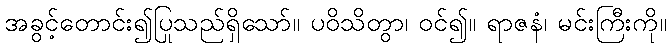
အခွင့်တောင်း၍ပြုသည်ရှိသော်။ ပဝိသိတွာ၊ ဝင်၍။ ရာဇနံ၊ မင်းကြီးကို။